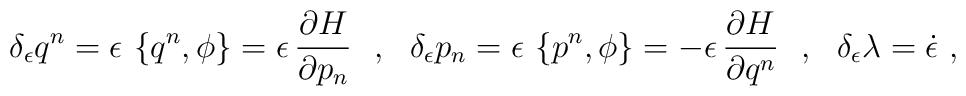
\delta_\epsilon q^n=\epsilon\,\left\{q^n,\phi\right\}=\epsilon\,\frac{\partial H}{\partial p_n}\ \ ,\ \ \delta_\epsilon p_n=\epsilon\,\left\{p^n,\phi\right\}=-\epsilon\,\frac{\partial H}{\partial q^n}\ \ ,\ \ \delta_\epsilon\lambda=\dot{\epsilon}\ ,